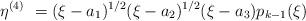
LaTeX: \begin{align*}\eta^{(4)} \ = (\xi - a_1)^{1/2} (\xi - a_2)^{1/2} (\xi - a_3) p_{k-1}(\xi)\end{align*}